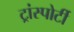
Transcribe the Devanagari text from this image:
ट्रांस्पोर्टी